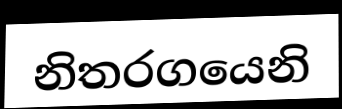
නිතරගයෙනි